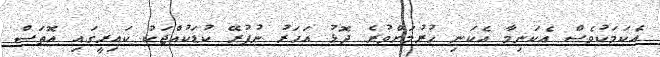
އެކަމަކުވެސް އެކަނިމާ އެކަނި ހުރުމަށްވުރެ ދޮޅު އަހަރު ނުފުރޭ ކުޑަކުއްޖަކު ކައިރީގައި އޮތަސް